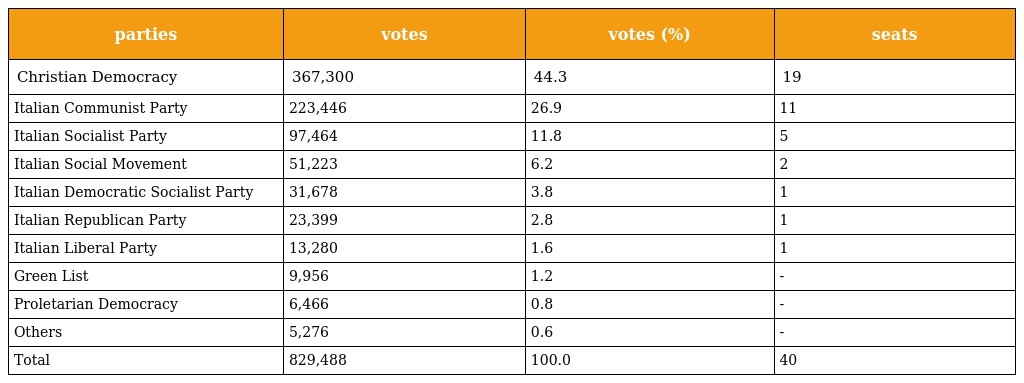
| parties | votes | votes (%) | seats |
 | --- | --- | --- | --- |
 | Christian Democracy | 367,300 | 44.3 | 19 |
 | Italian Communist Party | 223,446 | 26.9 | 11 |
 | Italian Socialist Party | 97,464 | 11.8 | 5 |
 | Italian Social Movement | 51,223 | 6.2 | 2 |
 | Italian Democratic Socialist Party | 31,678 | 3.8 | 1 |
 | Italian Republican Party | 23,399 | 2.8 | 1 |
 | Italian Liberal Party | 13,280 | 1.6 | 1 |
 | Green List | 9,956 | 1.2 | - |
 | Proletarian Democracy | 6,466 | 0.8 | - |
 | Others | 5,276 | 0.6 | - |
 | Total | 829,488 | 100.0 | 40 |